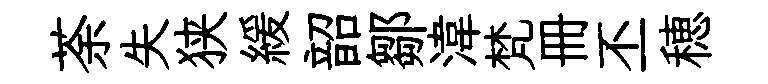
荼失狭緩韶鄒湋梵册丕穂